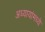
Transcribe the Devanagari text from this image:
अध्यायांमध्ये